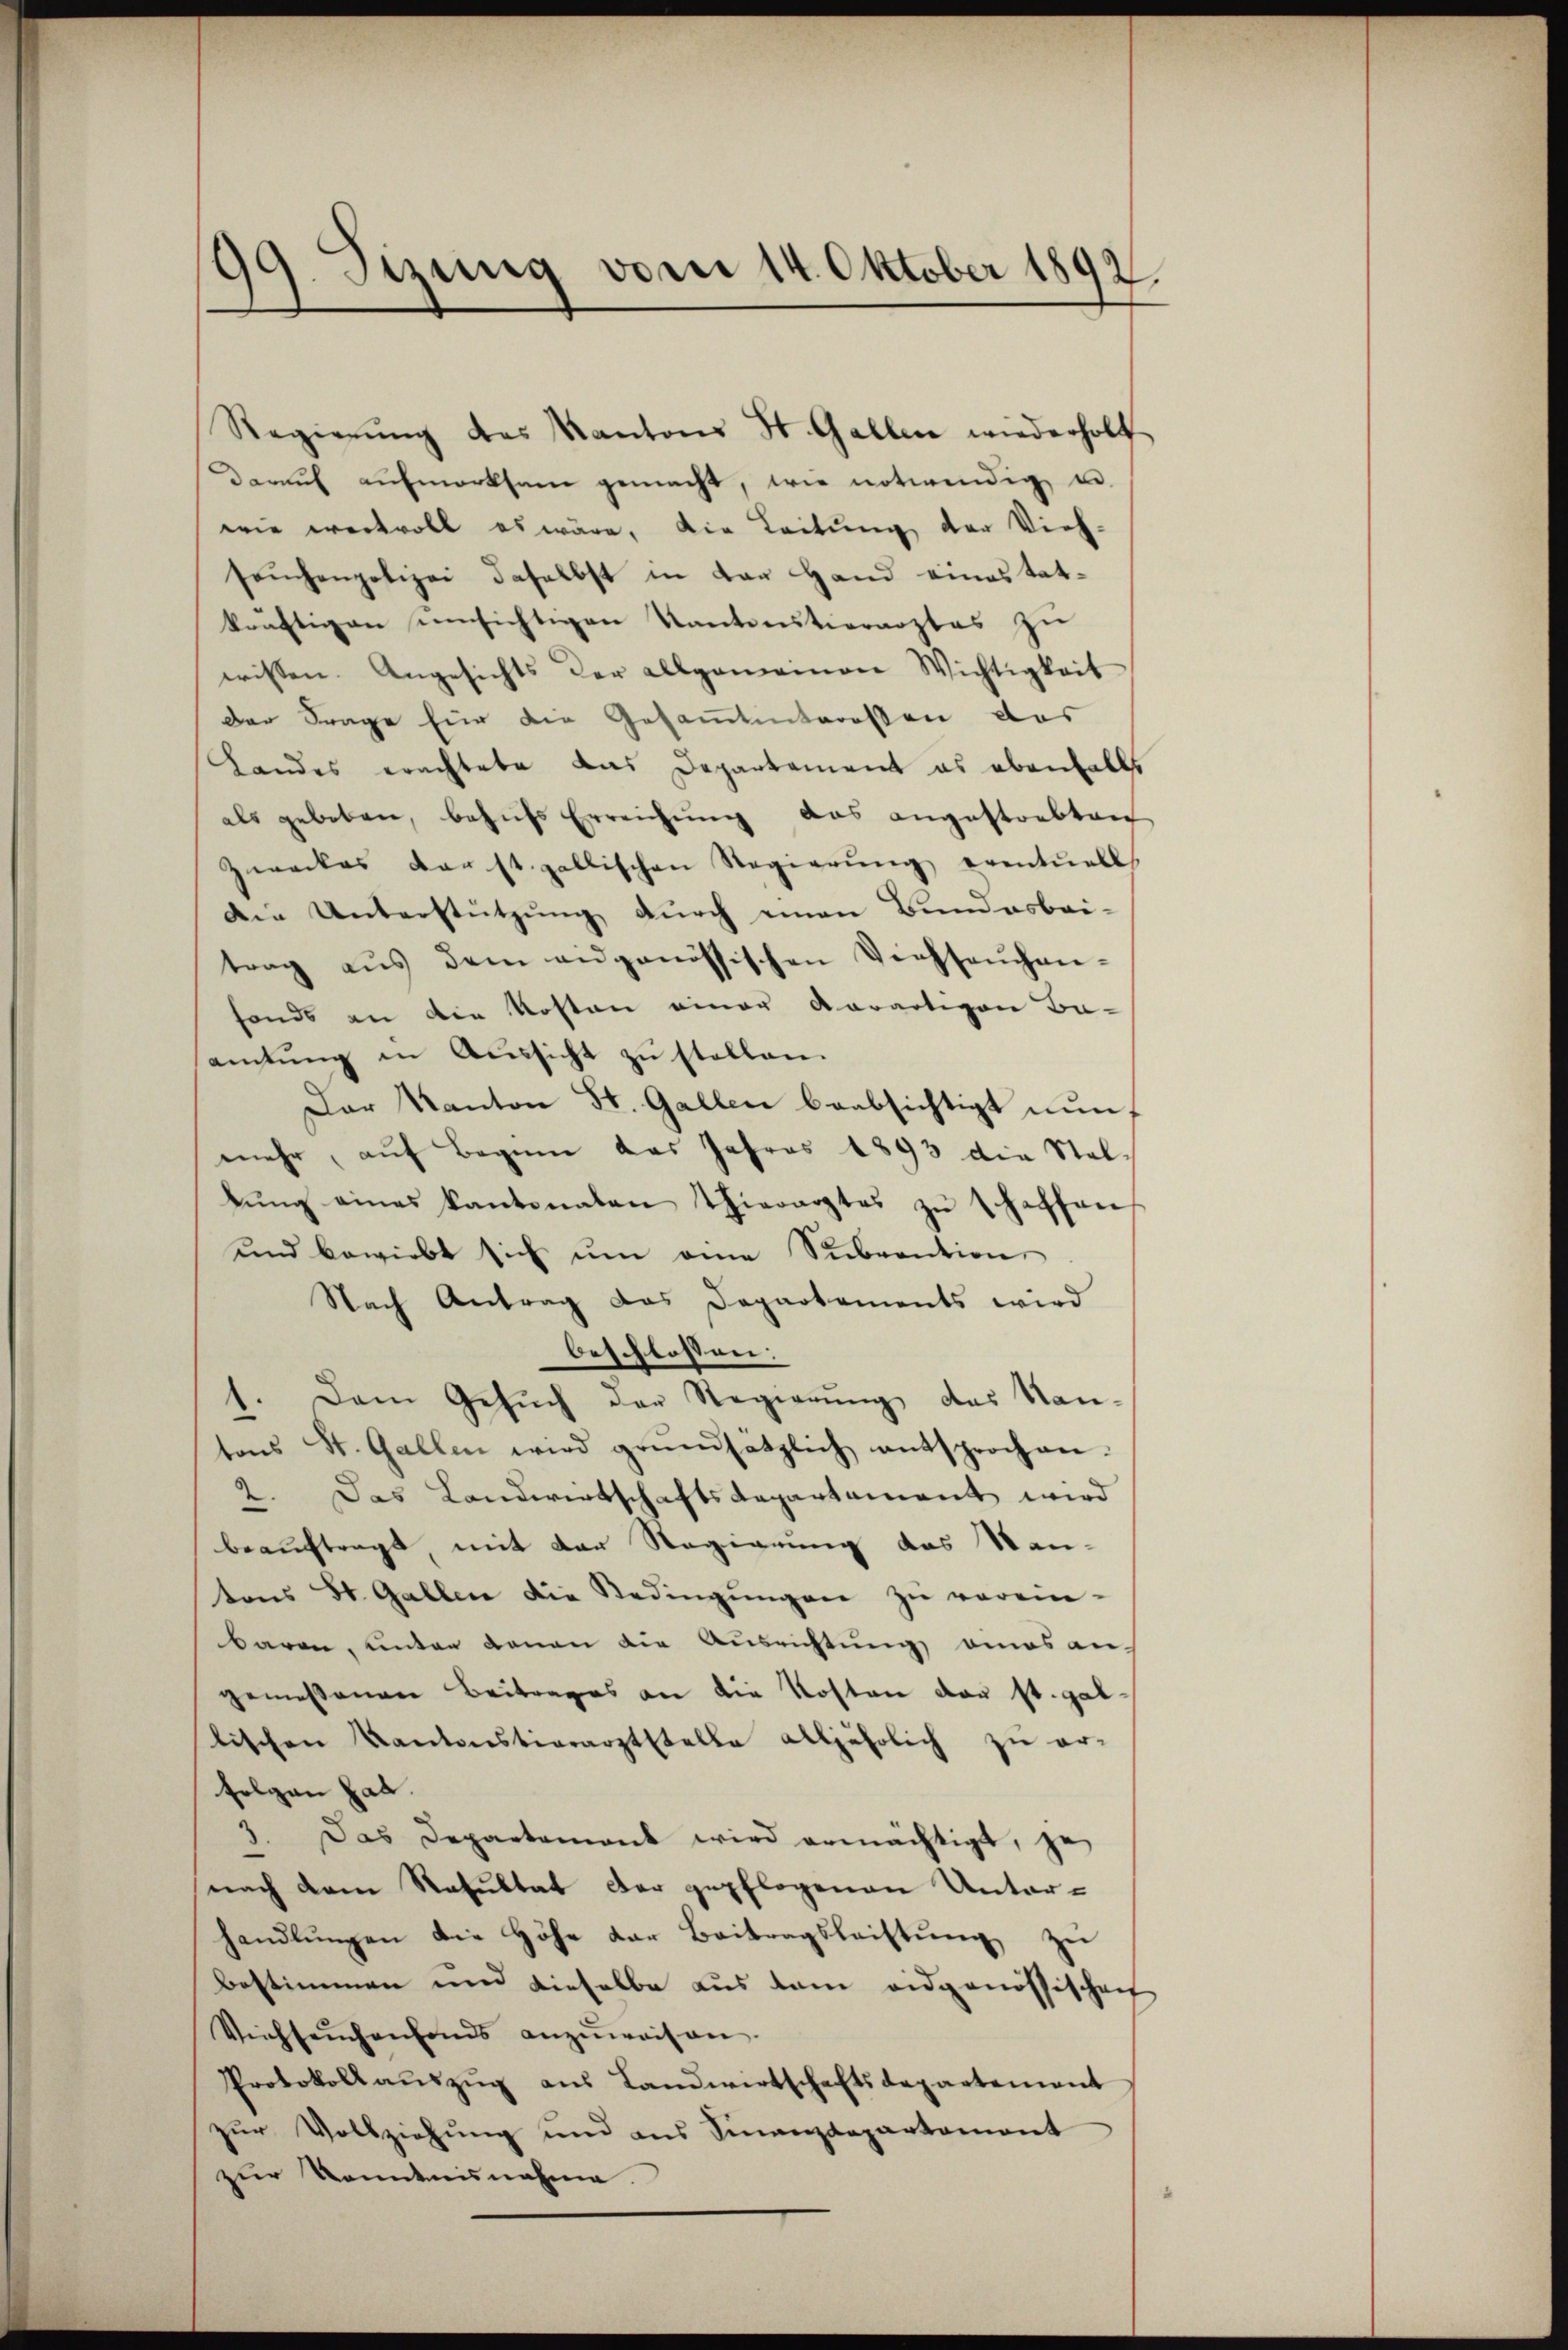
99. Sizung vom 14. Oktober 1892.

Regierŭng des Kantons St. Gallen wiederholt
Darauf aufmerksam gemacht, wie notwendig u.
wie wertvoll es wäre, die Leitung der Vieh-
seuchenpolizei daselbst in der Hand einestatkräftigen umsichtigen Kantonstierarztes zu
wissen. Angesichts der allgemeinen Wichtigkeit
Der Frage für die Gesammtinteressen das
Landes erachtete das Departement es ebenfalls
als geboten, behŭfs Erreichŭng das angestrebten
Zweckes der st. gallischen Regierŭng eventuell
Die Unterstützung durch einen Bundesbei-
trag aŭs dem angenössischen Viehseuchan-
fonds an die Kosten einer derartigen Be-
amtŭng in Aussicht zu stellen.
Der Kanton St. Gallen beabsichtigt nun,
mehr, auf Beginn das Jahres 1893 die Stellŭng eines Kantonalen Thierarztes zŭ schaffen
und bewirbt sich ŭm eine Subvention
Nach Antrag das Departements wird
beschlossen:
h. Dem Gesŭch der Regierŭng des Kan-
tons St. Gallen wird grŭndsätzlich entsproch an-
2. Das Landwirtschaftsdepartement wird
beauftragt, mit der Regierung das Man-
tons St. Gallen die Redingŭngen zŭ verein-
baren, unter denen die Ausrichtung eines an-
gemessenen Beitrages an die Kosten der st. gal-
lischen Kantonstierarztstelle alljährlich zŭ er-
folgen gab.
1. Das Departement wird ermächtigt, je
nach dem Resultat der gepflogenen Unterhandlŭngen die Höhe dar Beitragsleistŭng zŭ
bestimmen und dieselbe aus dem eidgenössischen
Viehseuchenfonds anzŭweisen.
Protokoll aŭszŭg aŭs Landwirtschaftsdepartement
zur Vollziehung und ans Finanzdepartament
zur Kenntnisnahme.